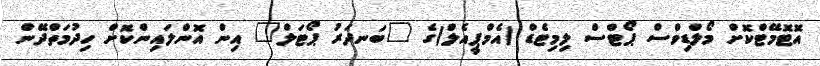
އޮޓޮމޭޓްކޮށް މޯލްޑިވްސް ޕޯޓްސް ލިމިޓެޑް (އެމްޕީއެލް)ގެ "ބަނދަރު ޕޯޓަލް" އިން އޮންލައިންކޮށް ހިދުމަތްދޭން